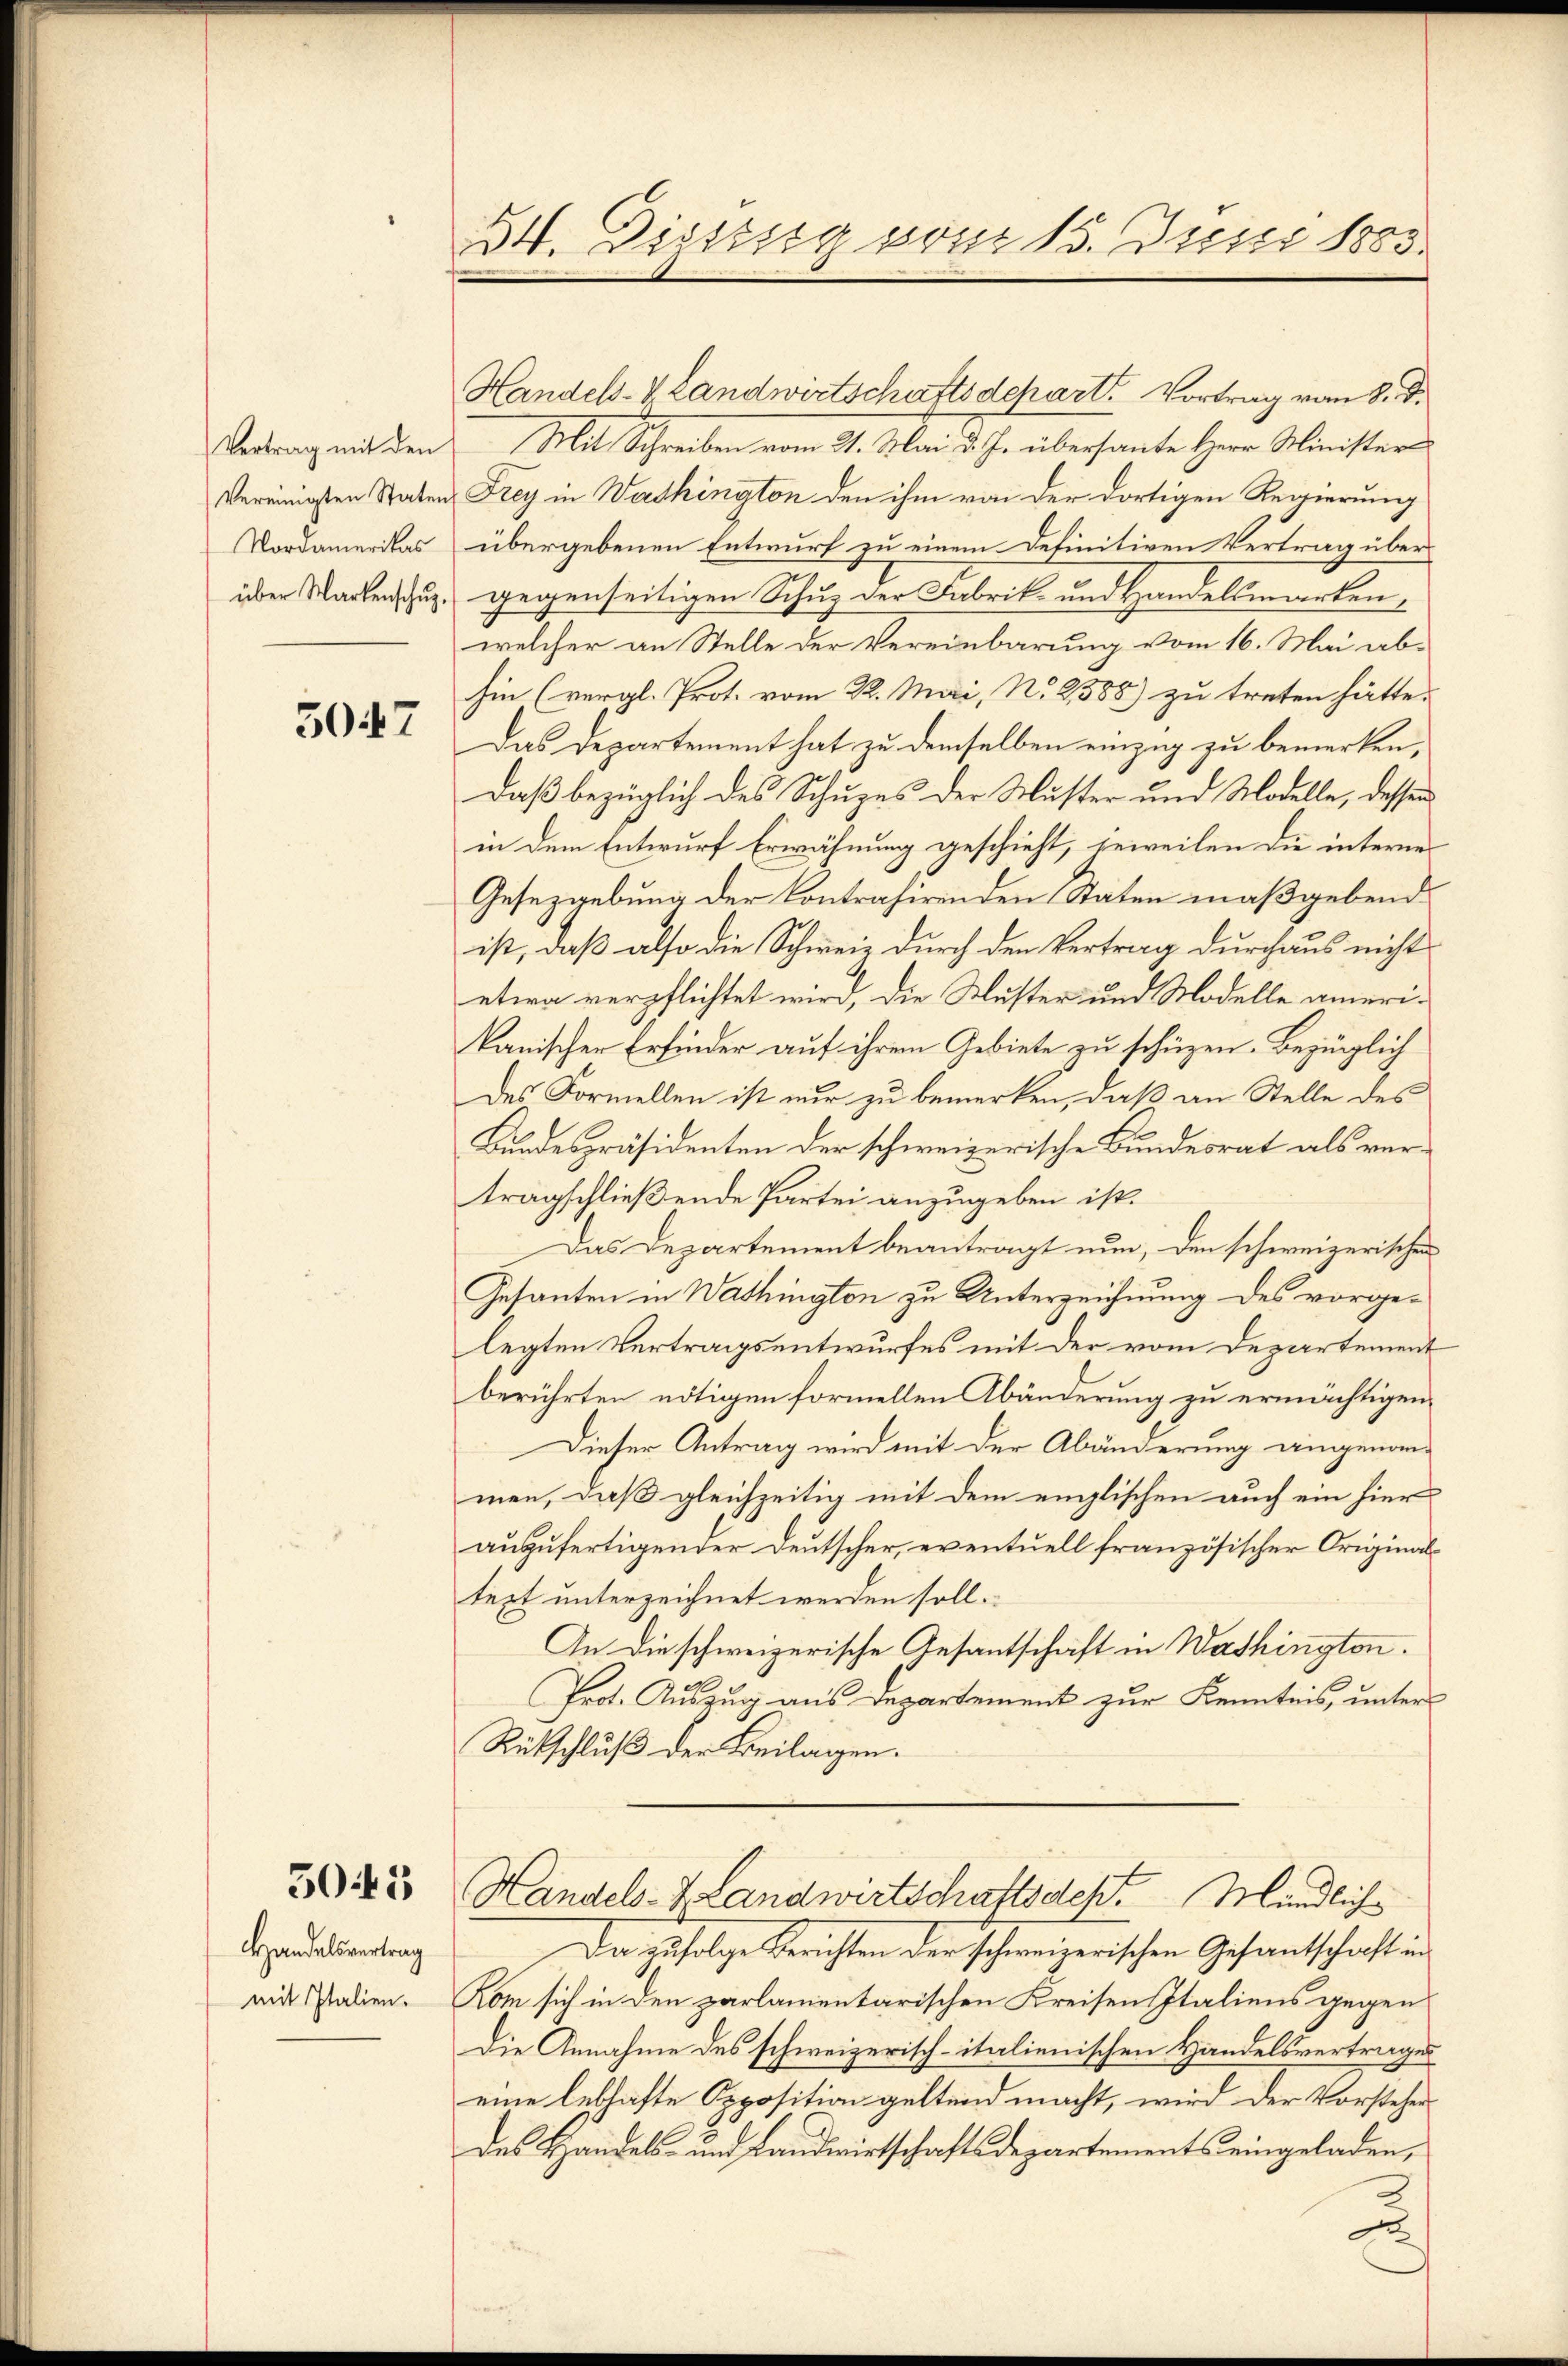
5047

3045

Handelsvertrag
mit Italien.

34. Dissssig vom 15. Juni 1803.

Vertrag mit den Mit Schreiben vom 31. Mai d. J. übersante Herr Minister
vereinigsten Staten Frey in Werthington den ihm von der dortigen Regierung
Vordamerikas übergebenen Entwurf zu einem Definitiven Vertrag über
über Wackenschuz. gegenseitigen Schuz der Fabrik- und Handelsmarken,
welcher an Stelle der Vereinbarung vom 16. Mai abhin (vergl. Prot. vom 22. Mai, N. 2588) zu treten hätte.
Das Departement hat zu demselben einzug zu bemerken,
Daß bezüglich des Schuzes der Muster und Modelle, dessen
in dem Entwurf Erwähnung geschieht, jeweilen die interne
Gesezgebung der Contrahirenden Staten maßgebend
ist, daß also die Schweiz durch den Vertrag durchaus nicht
etwa verpflichtet wird, die Muster und Modelle amerikanischen Erfinder auf ihrem Gebiete zu schüzen. Bezüglich
des Formellen ist nur zu bemerken, daß an Stelle des
Bundespräsidenten der schweizerische Bundesrat als vertragschließende Partei anzugeben ist.
Das Departement beantragt nun, den schweizerischen
Gesanten in Washingten zu Unterzeichnung des vorgelegten Vertragsentwurfes mit der vom Departement
berührten nötigen formellen Abänderung zu ermächtigen.
Dieser Antrag wird mit der Abänderung eingenommen, daß gleichzeitig mit dem englischen auch ein hier
auszufertigender Deutscher, eventuell französischer Originaltext unterzeichnet werden soll.
An die schweizerische Gesantschaft in Washington.
Prot. Auszug aus Departement zur Kenntnis, unter
Rükschluß der Beilagen.
Handels- & Landwirtschaftsdep. Mündliche
Da zufolge Berichten der schweizerischen Gesantschaft in
Kom sich in den parlamentarischen Kreisen Italiens gegen
Die Annahme des schweizerisch-italienischen Handelsvertrages
eine leblaste Opposition geltend macht, wird der Vorsteherdes Handels- und Landwirtschaftsdepartements eingeladen,
2

Handels- & Landwirtschaftsdepart. Vortrag vom 8. d.